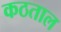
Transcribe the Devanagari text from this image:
कठताल